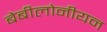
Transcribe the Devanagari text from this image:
बेबीलोनीयन